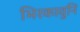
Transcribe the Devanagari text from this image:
भिरकावुनि